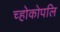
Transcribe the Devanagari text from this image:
च्होकोपलि